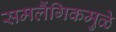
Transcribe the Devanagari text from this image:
समलैंगिकमुळे